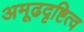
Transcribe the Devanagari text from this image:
अमूढदृष्टित्व